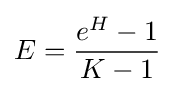
E={\frac {e^{H}-1}{K-1}}